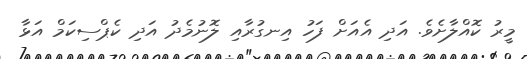
މީރު ކޮއްލާށެވެ. އަދި އެއަށް ފަހު އިނގުރާއި ލޮނުމެދު އަދި ކެޕްސިކަމް އަޅާ